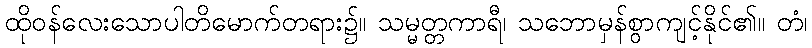
ထိုဝန်လေးသောပါတိမောက်တရား၌။ သမ္မတ္တကာရီ၊ သဘောမှန်စွာကျင့်နိုင်၏။ တံ၊